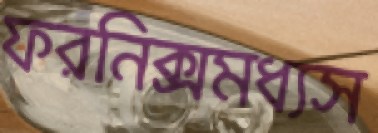
ফরনিক্সমধ্যস